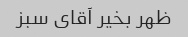
ظهر بخیر آقای سبز